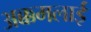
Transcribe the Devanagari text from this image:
अक्कमलाई